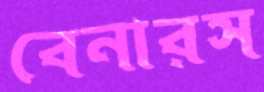
বেনারস